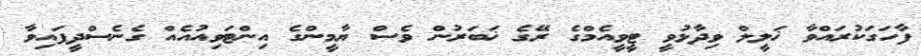
ފާހަގަކުރައްވާ ޚަލީލް ވިދާޅުވީ ޓީވީއެމްގެ ރޭގެ ޚަބަރުން ވެސް ޔާމީންގެ އިންޓަވިއުއެއް ގެނެސްދީފައިވާ